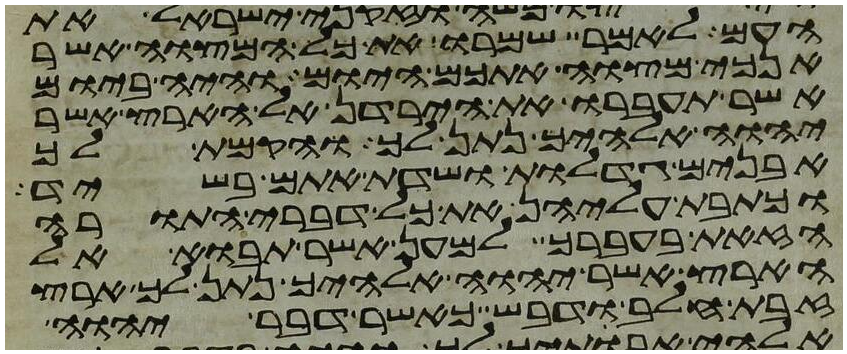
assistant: העם לאמר שמרו את כל המצוה אשר
אנכי מצוה אתכם היום והיה ביום
אשר תעברו את הירדן אל הארץ אשר
יהוה אלהיך נתן לך והקמת לך
אבנים גדלות ושדת אתם בשיד
וכתבת עליהן את כל דברי התורה
הזאת בעברך למען אשר תבוא אל
הארץ אשר יהוה אלהיך נתן לך ארץ
זבת חלב ודבש כאשר דבר יהוה